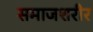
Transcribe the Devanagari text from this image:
समाजशरीर